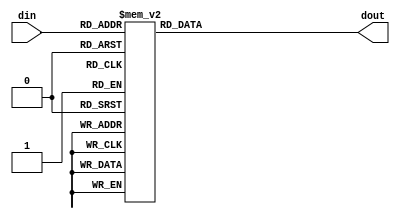
module seven_seg_hex (
	input [3:0] din,
	output reg [6:0] dout
);
	always @*
		case (din)
			4'h0: dout = 7'b 0111111;
			4'h1: dout = 7'b 0000110;
			4'h2: dout = 7'b 1011011;
			4'h3: dout = 7'b 1001111;
			4'h4: dout = 7'b 1100110;
			4'h5: dout = 7'b 1101101;
			4'h6: dout = 7'b 1111101;
			4'h7: dout = 7'b 0000111;
			4'h8: dout = 7'b 1111111;
			4'h9: dout = 7'b 1101111;
			4'hA: dout = 7'b 1110111;
			4'hB: dout = 7'b 1111100;
			4'hC: dout = 7'b 0111001;
			4'hD: dout = 7'b 1011110;
			4'hE: dout = 7'b 1111001;
			4'hF: dout = 7'b 1110001;
		endcase
endmodule